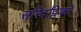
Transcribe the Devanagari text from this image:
सन्दिट्ठिको